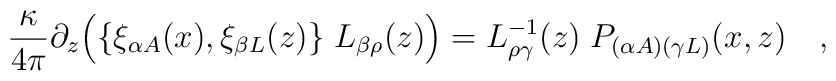
{\kappa \over{ 4\pi}}\partial_z\Bigl(\{\xi_{\alpha A}(x),\xi_{\beta L}(z)\}\;L_{\beta\rho}(z)\Bigr) = L_{\rho\gamma}^{-1}(z)  \;P_{(\alpha A)(\gamma L)}(x,z)\quad,